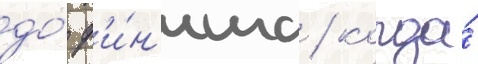
до́ ф'и́н'иша / когда́